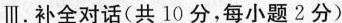
Ⅲ.补全对话(共 10 分,每小题 2分)